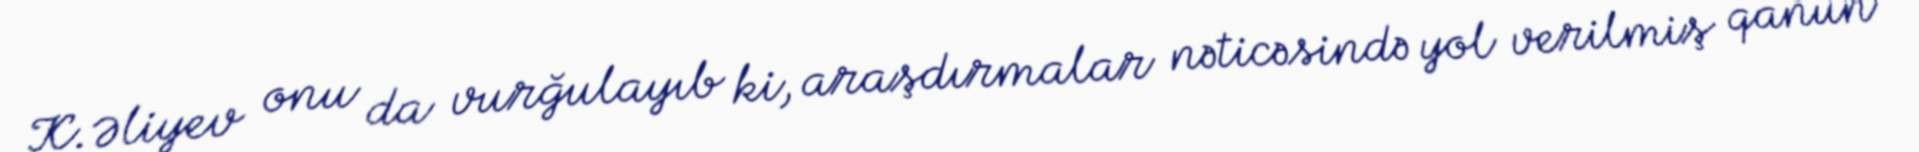
K.Əliyev onu da vurğulayıb ki, araşdırmalar nəticəsində yol verilmiş qanun